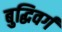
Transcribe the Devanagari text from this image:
बुद्धिवर्ग